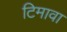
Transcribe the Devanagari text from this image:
टिमावा